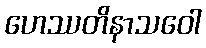
ဟေဿတိနာသဝေါ